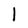
Character: l